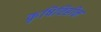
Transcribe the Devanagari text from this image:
कृषिविहीन